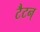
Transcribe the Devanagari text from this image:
टैटन्